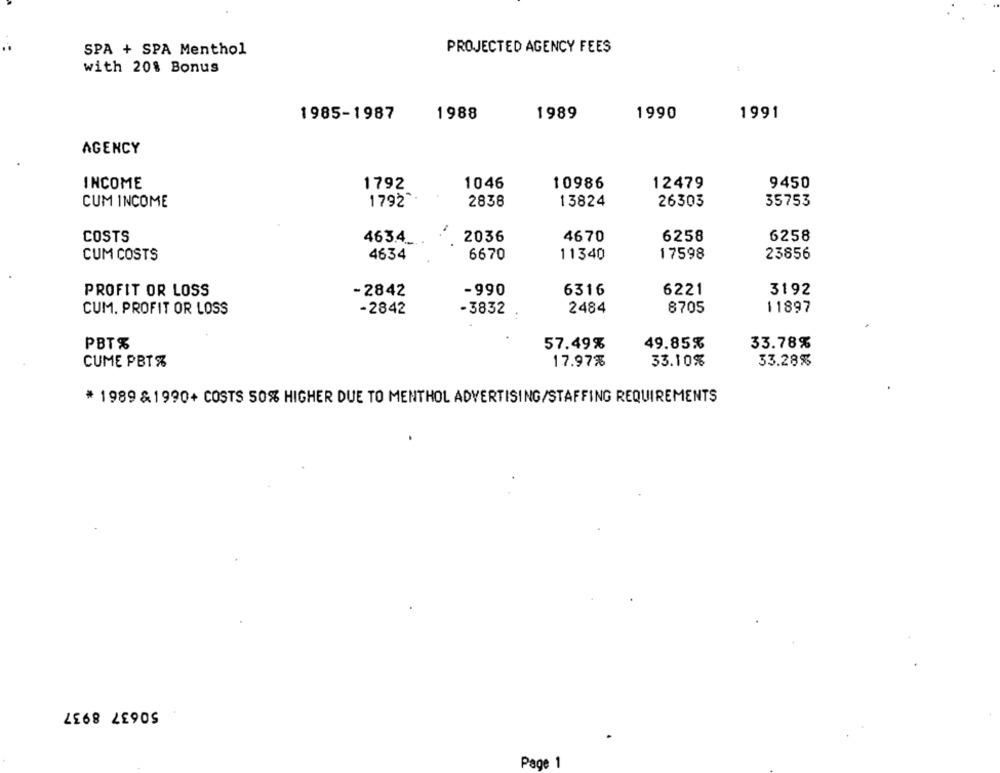
SPA + SPA Menthol
PROJECTED AGENCY FEES
with 20% Bonus
1985-1987
1988
1989
1990
1991
AGENCY
INCOME
1792
1046
10986
12479
9450
26303
35753
CUM INCOME
1792
2836
13824
COSTS
463.4.
2036
4670
6258
6258
4634
6670
11340
17598
23856
CUM COSTS
PROFIT OR LOSS
-2842
-990
6316
6221
3192
-2842
2484
8705
11897
CUM. PROFIT OR LOSS
-3832
PBT%
57.49%
49.85%
33.78%
CUME PBT%
17.97%
33.10%
33.28%
* 1989 &1990+ COSTS 50% HIGHER DUE TO MENTHOL ADVERTISING/STAFFING REQUIREMENTS
50637 8937
Page 1